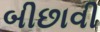
બીછાવી